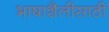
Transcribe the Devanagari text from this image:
भाषाशैलीसाठी